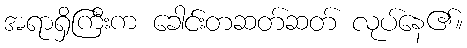
အရာရှိကြီးက ခေါင်းတဆတ်ဆတ် လုပ်နေ၏။